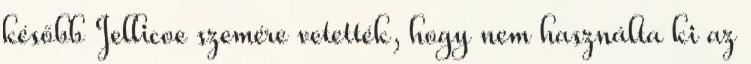
később Jellicoe szemére vetették, hogy nem használta ki az